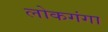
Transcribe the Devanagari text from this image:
लोकगंगा